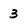
Character: 3